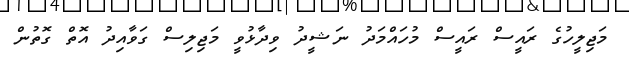
މަޖިލީހުގެ ރައީސް ރައީސް މުހައްމަދު ނަޝީދު ވިދާޅުވީ މަޖިލިސް ގަވާއިދު އޮތް ގޮތުން